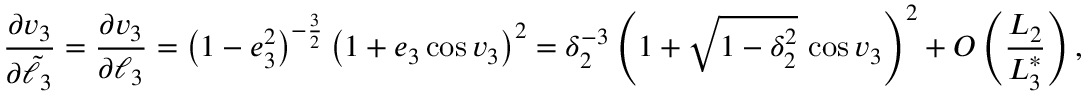
\frac { \partial v _ { 3 } } { \partial \tilde { \ell } _ { 3 } } = \frac { \partial v _ { 3 } } { \partial \ell _ { 3 } } = \left( 1 - e _ { 3 } ^ { 2 } \right) ^ { - \frac { 3 } { 2 } } \left( 1 + e _ { 3 } \cos v _ { 3 } \right) ^ { 2 } = \delta _ { 2 } ^ { - 3 } \left( 1 + \sqrt { 1 - \delta _ { 2 } ^ { 2 } } \, \cos v _ { 3 } \right) ^ { 2 } + O \left( \frac { L _ { 2 } } { L _ { 3 } ^ { * } } \right) ,